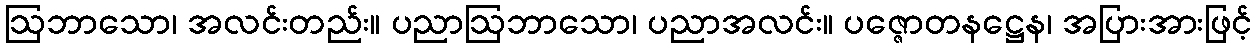
ဩဘာသော၊ အလင်းတည်း။ ပညာဩဘာသော၊ ပညာအလင်း။ ပဇ္ဇောတနဋ္ဌေန၊ အပြားအားဖြင့်